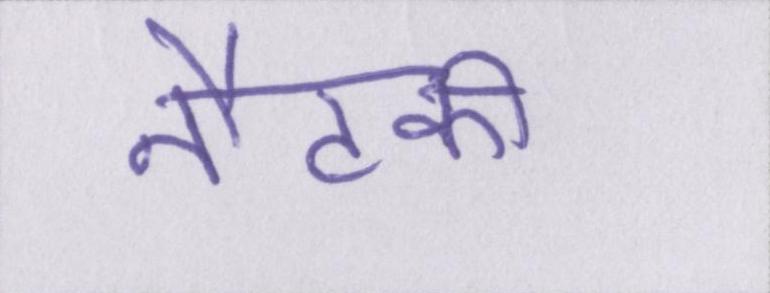
नौटंकी